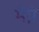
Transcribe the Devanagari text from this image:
मैग्ने